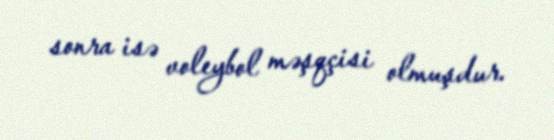
sonra isə voleybol məşqçisi olmuşdur.